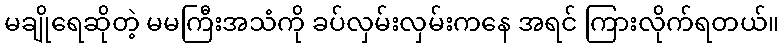
မချိုရေဆိုတဲ့ မမကြီးအသံကို ခပ်လှမ်းလှမ်းကနေ အရင် ကြားလိုက်ရတယ်။